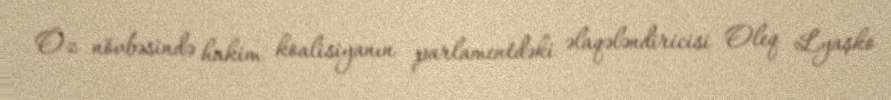
Öz növbəsində hakim koalisiyanın parlamentdəki əlaqələndiricisi Oleq Lyaşko